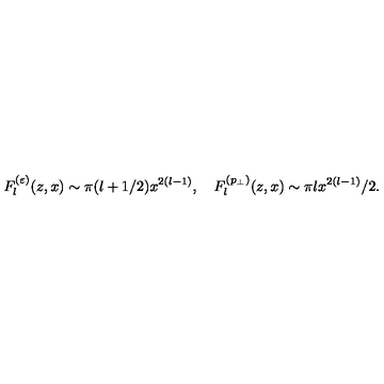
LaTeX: F _ { l } ^ { ( \varepsilon ) } ( z , x ) \sim \pi ( l + 1 / 2 ) x ^ { 2 ( l - 1 ) } , \quad F _ { l } ^ { ( p _ { \perp } ) } ( z , x ) \sim \pi l x ^ { 2 ( l - 1 ) } / 2 .